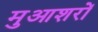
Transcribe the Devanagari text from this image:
मुआशरों